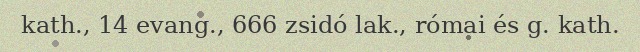
kath., 14 evang., 666 zsidó lak., római és g. kath.